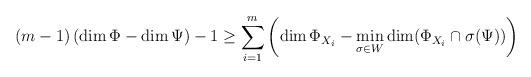
LaTeX: \begin{align*}(m-1)\left( \dim \Phi -\dim \Psi \right) -1\geq \sum_{i=1}^{m}\left( \dim\Phi _{X_{i}}-\min_{\sigma \in W}\dim (\Phi _{X_{i}}\cap \sigma (\Psi))\right) \end{align*}